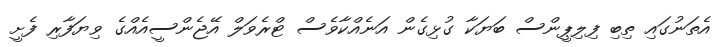
އެތަނުގައި ތިބި ފިލިޕީންސް ބަޔަކާ ގުޅިގެން އަނެއްކާވެސް ޓްރެވަލް އޭޖެންސީއެއްގެ ވިޔަފާރި ފެށީ